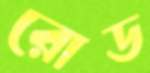
রোড